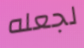
لجعله